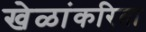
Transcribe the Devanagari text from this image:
खेळांकरिता